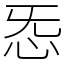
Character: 㤅